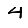
Digit: 4